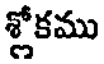
శ్లోకము